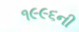
૧૯૯૬ની